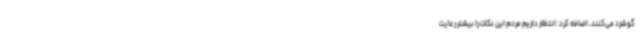
گوشزد می‌کنند، اضافه کرد: انتظار داریم مردم این نکات را بیشتر رعایت